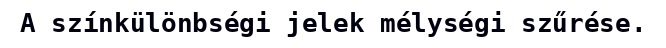
A színkülönbségi jelek mélységi szűrése.